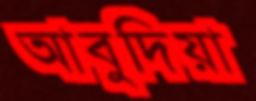
আবুদিয়া